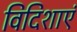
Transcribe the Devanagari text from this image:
विदिशाएं